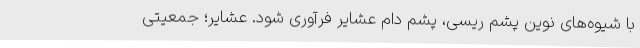
با شیوه‌های نوین پشم ریسی، پشم دام عشایر فرآوری شود. عشایر؛ جمعیتی